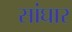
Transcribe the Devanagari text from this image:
सांघार